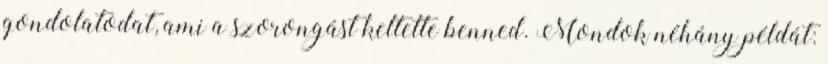
gondolatodat, ami a szorongást keltette benned. Mondok néhány példát: